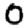
Digit: 0